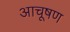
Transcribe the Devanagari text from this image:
आचूषण